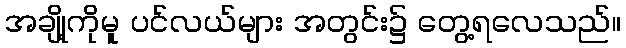
အချို့ကိုမူ ပင်လယ်များ အတွင်း၌ တွေ့ရလေသည်။